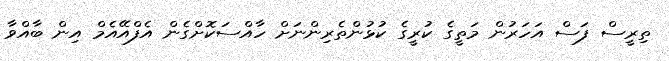
ތިރީސް ފަސް އަހަރުން މަތީގެ ކުރީގެ ކުޅުންތެރިންނަށް ހާއްސަކޮށްގެން އެފްއޭއެމް އިން ބާއްވާ